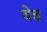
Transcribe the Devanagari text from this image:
चेन्न